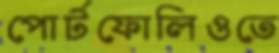
পোর্টফোলিওতে